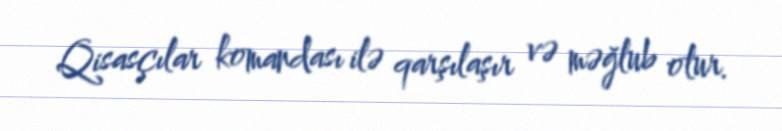
Qisasçılar komandası ilə qarşılaşır və məğlub olur.